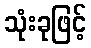
သုံးခုဖြင့်